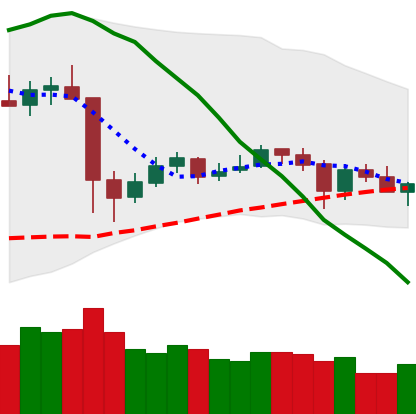
Ticker: XRP-USD
Chart end date: 2020-05-25
Forward return: 4.507%
Label: up_3_5